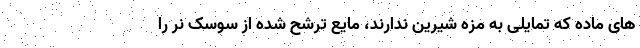
های ماده که تمایلی به مزه شیرین ندارند، مایع ترشح شده از سوسک نر را